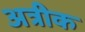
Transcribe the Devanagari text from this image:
अत्रीक